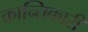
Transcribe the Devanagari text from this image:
क्रान्‍तिकारी